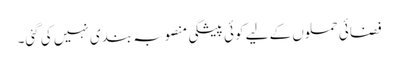
فضائی حملوں کے لیے کوئی پیشگی منصوبہ بندی نہیں کی گئی۔